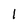
Character: 1